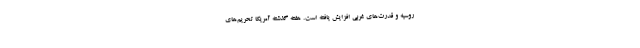
روسیه و قدرت‌های غربی افزایش یافته است. هفته گذشته آمریکا تحریم‌های